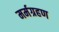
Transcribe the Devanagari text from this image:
मर्मग्रहण